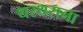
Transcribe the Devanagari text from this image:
थरथराना